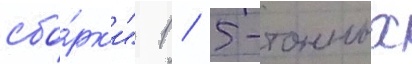
сбо́рк'и" 1 / 5-тонных